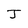
Character: J